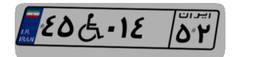
۴۵W۰۱۴۵۲